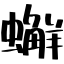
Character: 𧒻